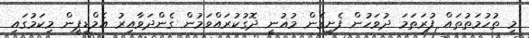
މި ތުހުމަތުތައް ފުރަތަމަ ދުވަހުން ފެށިގެން މުޣުނީ ދޮގުކުރައްވަމުން ގެންދަވާއިރު އެމްޑީޕީން މިކަމުގައި